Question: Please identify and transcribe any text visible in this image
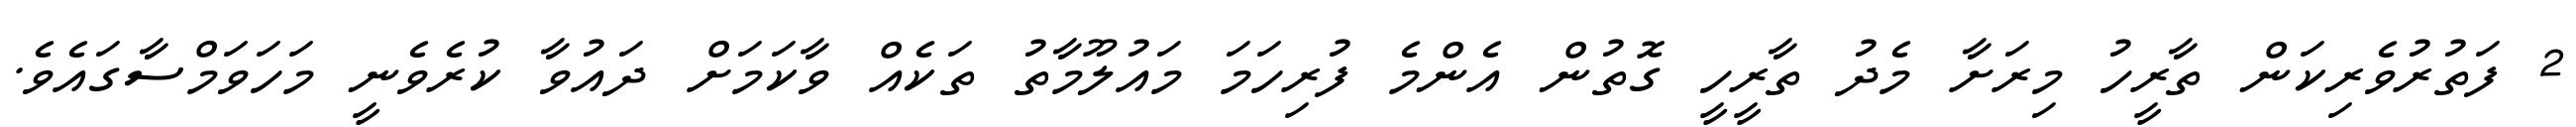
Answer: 2 ފަތުރުވެރިކަން ތާރީހު މިރަށާ މެދު ތާރީހީ ގޮތުން އެންމެ ފުރިހަމަ މައުލޫމާތު ތަކެއް ވާކަމަށް ދައުވާ ކުރެވެނީ މަހަވަމްސާގައެވެ.